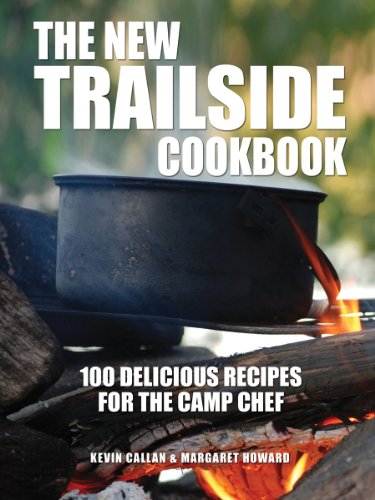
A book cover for The New Trailside Cookbook: 100 Delicious Recipes for the Camp Chef; Kevin Callan; Cookbooks, Food & Wine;